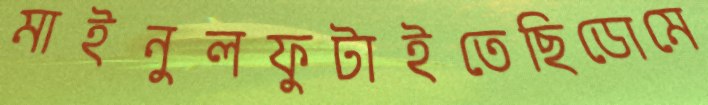
মাইনুলফুটাইতেছিডোমে